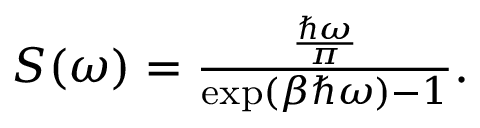
\begin{array} { r } { S ( \omega ) = \frac { \frac { \hbar \omega } { \pi } } { \exp \left( \beta \hbar \omega \right) - 1 } . } \end{array}